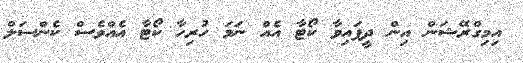
އިމިގްރޭޝަން އިން ދީފައިވާ ކޯޓާ އެއް ނަމަ ހުރިހާ ކޯޓާ އެއްވެސް ކެންސަލް